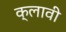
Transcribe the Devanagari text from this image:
क्लावी